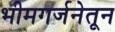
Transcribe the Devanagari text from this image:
भीमगर्जनेतून